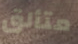
متألق